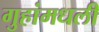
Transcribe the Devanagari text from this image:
गुहांमधली